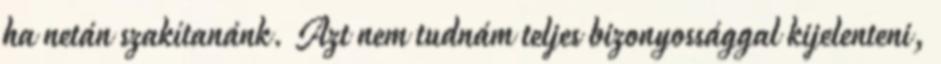
ha netán szakítanánk. Azt nem tudnám teljes bizonyossággal kijelenteni,